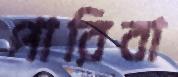
পারিবা